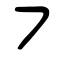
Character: ㇇